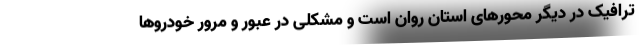
ترافیک در دیگر محورهای استان روان است و مشکلی در عبور و مرور خودروها